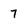
Character: 7